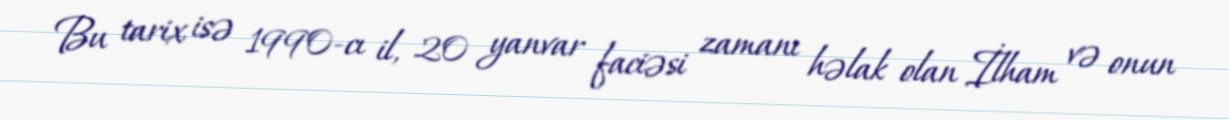
Bu tarix isə 1990-cı il, 20 yanvar faciəsi zamanı həlak olan İlham və onun